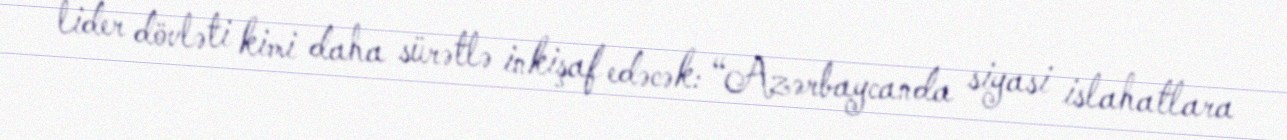
lider dövləti kimi daha sürətlə inkişaf edəcək: “Azərbaycanda siyasi islahatlara